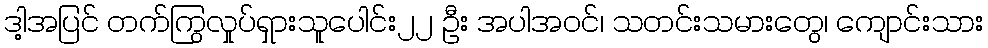
ဒါ့အပြင် တက်ကြွလှုပ်ရှားသူပေါင်း၂၂ ဦး အပါအဝင်၊ သတင်းသမားတွေ၊ ကျောင်းသား